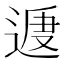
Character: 𨔕